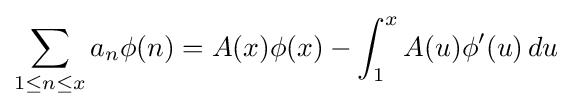
\sum _{1\leq n\leq x}a_{n}\phi (n)=A(x)\phi (x)-\int _{1}^{x}A(u)\phi '(u)\,du